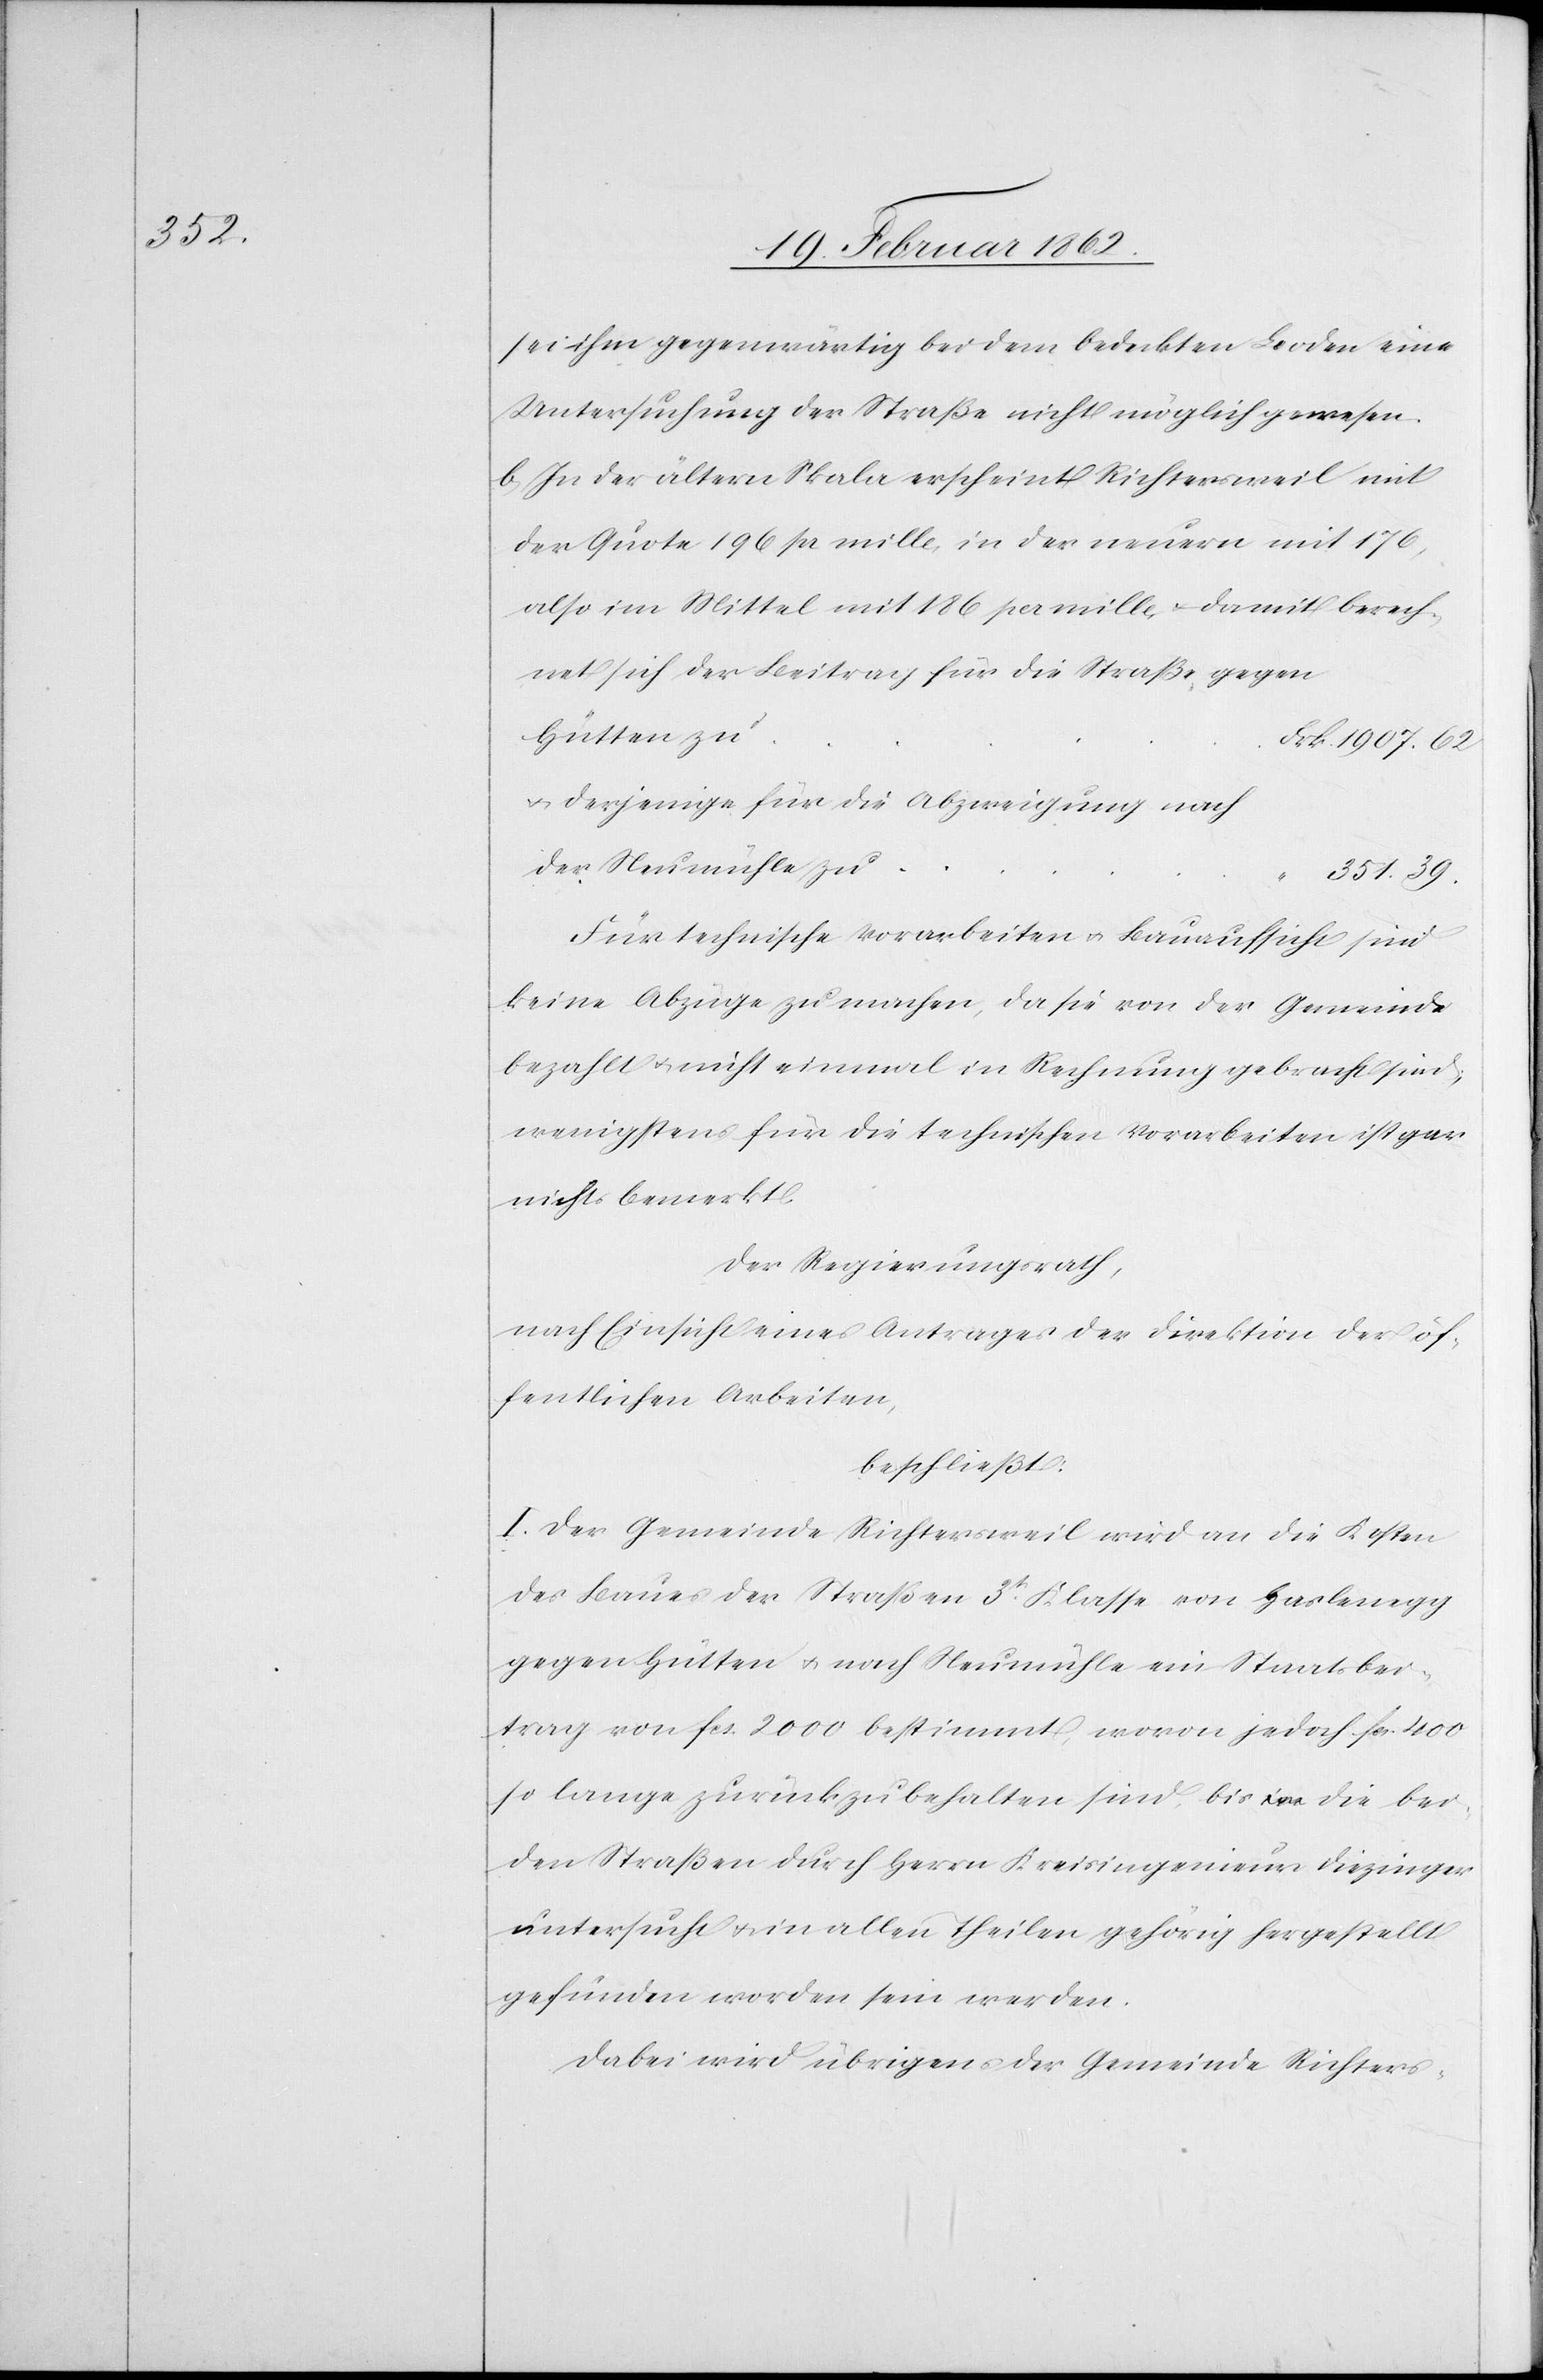
sei ihm gegenwärtig bei dem bedeckten Boden eine
Untersuchung der Straße nicht möglich gewesen.
b) In der ältern Skala erscheint Richtersweil mit
der Quote 196 pr mille, in der neuern mit 176,
also im Mittel mit 186 per mille, u. damit berech¬
net sich der Beitrag für die Straße gegen
u. diejenige für die Abzweigung nach
der Neumühle zu
351.39.
Für technische Vorarbeiten u. Bauaufsicht sind
keine Abzüge zu machen, da sie von der Gemeinde
bezahlt u. nicht einmal in Rechnung gebracht sind;
wenigstens für die technischen Vorarbeiten ist gar
nichts bemerkt.
Der Regierungsrath,
nach Einsicht eines Antrages der Direktion der öf¬
fentlichen Arbeiten,
beschließt:
I. Der Gemeinde Richtersweil wird an die Kosten
des Baues der Straßen 3t. Klasse von Haslenegg
gegen Hütten u. nach Neumühle ein Staatsbei¬
trag von fcs. 2000 bestimmt, wovon jedoch fcs. 400
so lange zurückzubehalten sind, bis die bei¬
den Straßen durch Herrn Kreisingenieut Diezinger
untersucht u. in allen Theilen gehörig hergestellt
gefunden worden sein werden.
Dabei wird übrigens der Gemeinde Richters-